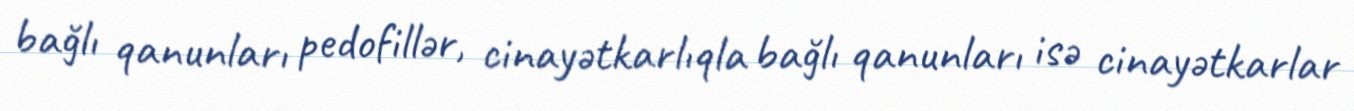
bağlı qanunları pedofillər, cinayətkarlıqla bağlı qanunları isə cinayətkarlar